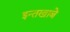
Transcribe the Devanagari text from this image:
इन्तखाबे